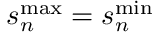
s _ { n } ^ { \mathrm { m a x } } = s _ { n } ^ { \mathrm { m i n } }